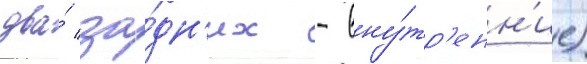
два́ за́дн'их - вну́тр'енн'ие)